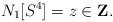
LaTeX: \begin{align*}N_1[S^4] = z \in \mbox{\bf Z}.\end{align*}